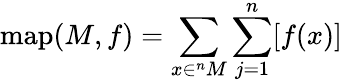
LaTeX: \textup{map}(M,f)=\sum_{x\in^{n}M}\sum_{j=1}^{n}[f(x)]